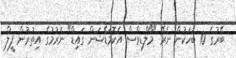
ބޭރުގެ 10 ބަހަކުން ނެރޭ "މޯލްޑިވްސް އެކޮމަޑޭޝަން ގައިޑް" ނެރުމުގެ އިތުރުން ފީލް